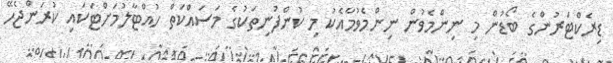
ޑިރެކްޓަރުންގެ ބޯޑުން މި ނިންމެވުން ނިންމެވުމާއެކު މި ކުންފުނިތަކުގެ މަސައްކަތް ހުއްޓާލުމަށްޓަކައި ކުރަންޖެހޭ